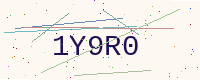
Text: 1Y9R0